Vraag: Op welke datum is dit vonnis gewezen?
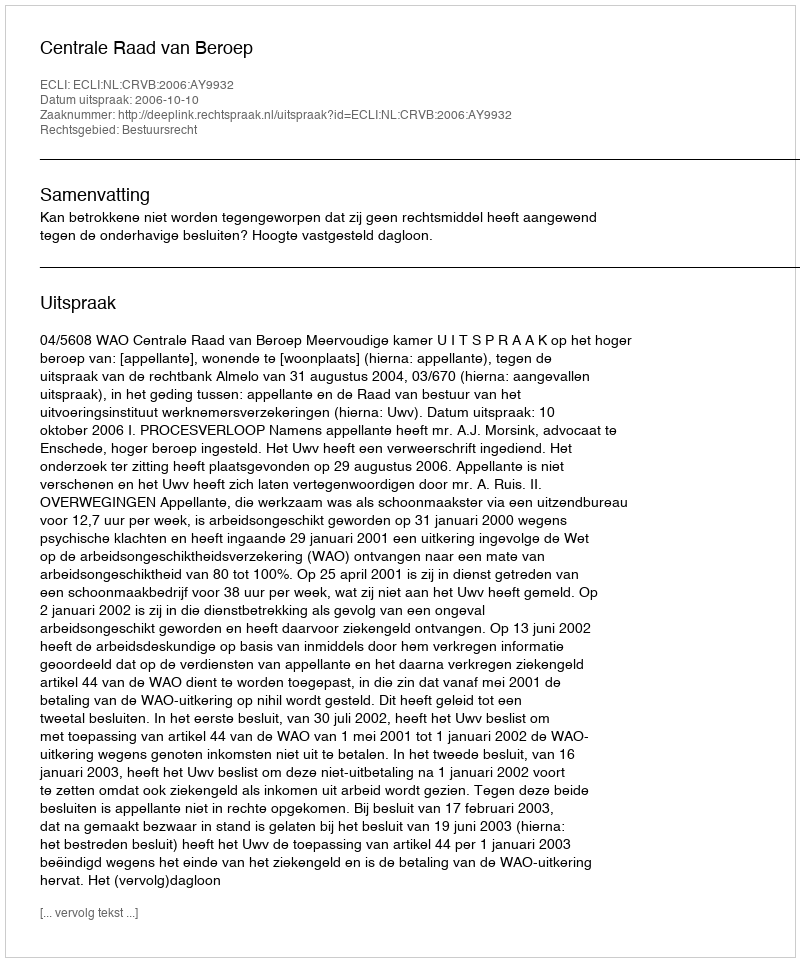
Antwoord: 2006-10-10